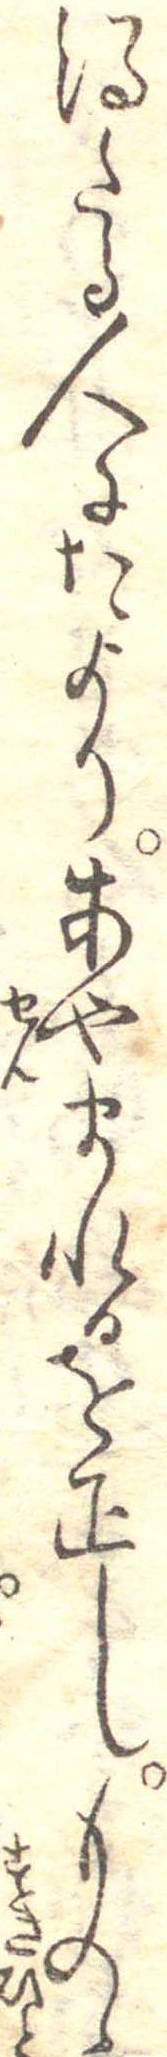
得たる人にたよりあやまれるを正しものゝ